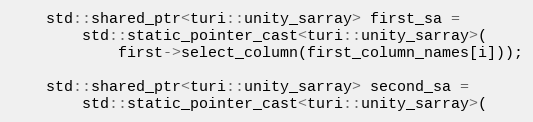
Language: C++
    std::shared_ptr<turi::unity_sarray> first_sa =
        std::static_pointer_cast<turi::unity_sarray>(
            first->select_column(first_column_names[i]));

    std::shared_ptr<turi::unity_sarray> second_sa =
        std::static_pointer_cast<turi::unity_sarray>(